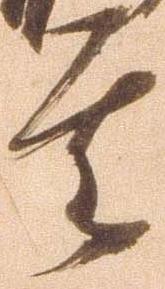
其